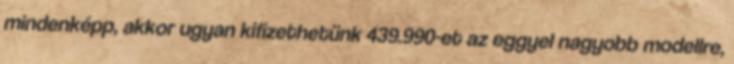
mindenképp, akkor ugyan kifizethetünk 439.990-et az eggyel nagyobb modellre,